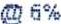
@ 6%